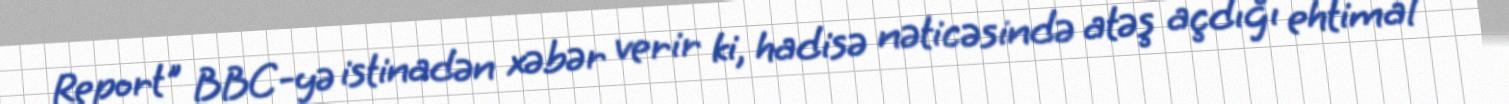
Report" BBC-yə istinadən xəbər verir ki, hadisə nəticəsində atəş açdığı ehtimal